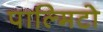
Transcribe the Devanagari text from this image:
पाल्मिटो